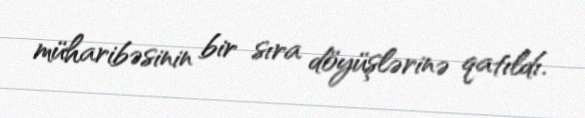
müharibəsinin bir sıra döyüşlərinə qatıldı.